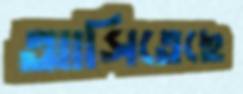
আসিতেছে